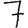
Digit: 7